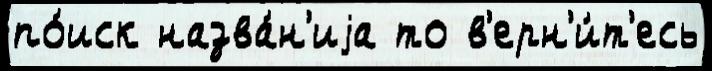
по́иск назва́н'иjа то в'ерн'и́т'есь